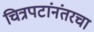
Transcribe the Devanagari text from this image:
चित्रपटांनंतरचा